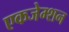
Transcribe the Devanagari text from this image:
एकजेम्शन